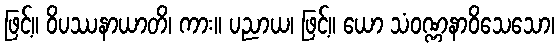
ဖြင့်။ ဝိပဿနာယာတိ၊ ကား။ ပညာယ၊ ဖြင့်။ ယော သံဝဏ္ဏနာဝိသေသော၊